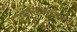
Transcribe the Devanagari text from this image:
प्राध्यापकांसबंधीचा